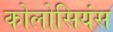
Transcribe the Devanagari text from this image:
कोलोसियंस